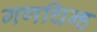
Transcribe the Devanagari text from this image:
गणचिन्ह